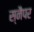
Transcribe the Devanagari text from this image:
स्नैपर